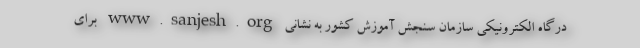
درگاه الکترونیکی سازمان سنجش آموزش کشور به نشانی www.sanjesh.org برای